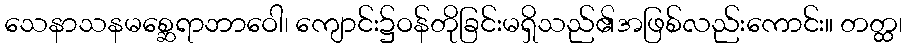
သေနာသနမစ္ဆေရာဘာဝေါ၊ ကျောင်း၌ဝန်တိုခြင်းမရှိသည်၏အဖြစ်လည်းကောင်း။ တတ္ထ၊